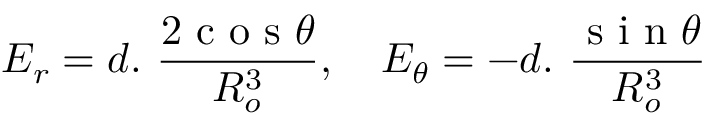
E _ { r } = d . \ \frac { 2 \textrm { c o s } \theta } { R _ { o } ^ { 3 } } , \quad E _ { \theta } = - d . \ \frac { \textrm { s i n } \theta } { R _ { o } ^ { 3 } }